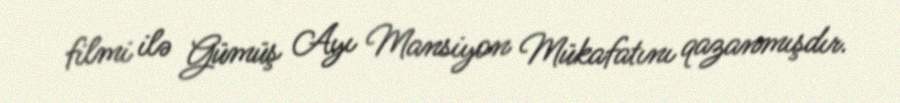
filmi ilə Gümüş Ayı Mansiyon Mükafatını qazanmışdır.